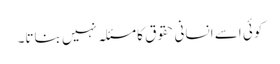
کوئی اسے انسانی حقوق کا مسئلہ نہیں بناتا۔